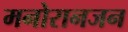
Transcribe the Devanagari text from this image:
मनोरानजन